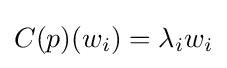
C(p)(w_{i})=\lambda _{i}w_{i}